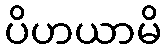
ပိဟယာမိ